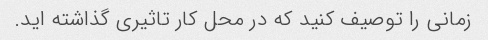
زمانی را توصیف کنید که در محل کار تاثیری گذاشته اید.